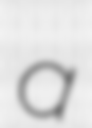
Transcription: a